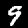
Label: 9